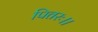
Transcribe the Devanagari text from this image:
पितरः।।